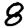
Digit: 8